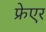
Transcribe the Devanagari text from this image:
फ्रेएर